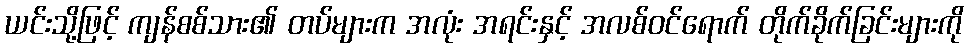
ယင်းသို့ဖြင့် ကျန်စစ်သား၏ တပ်များက အလုံး အရင်းနှင့် အလစ်ဝင်ရောက် တိုက်ခိုက်ခြင်းများကို